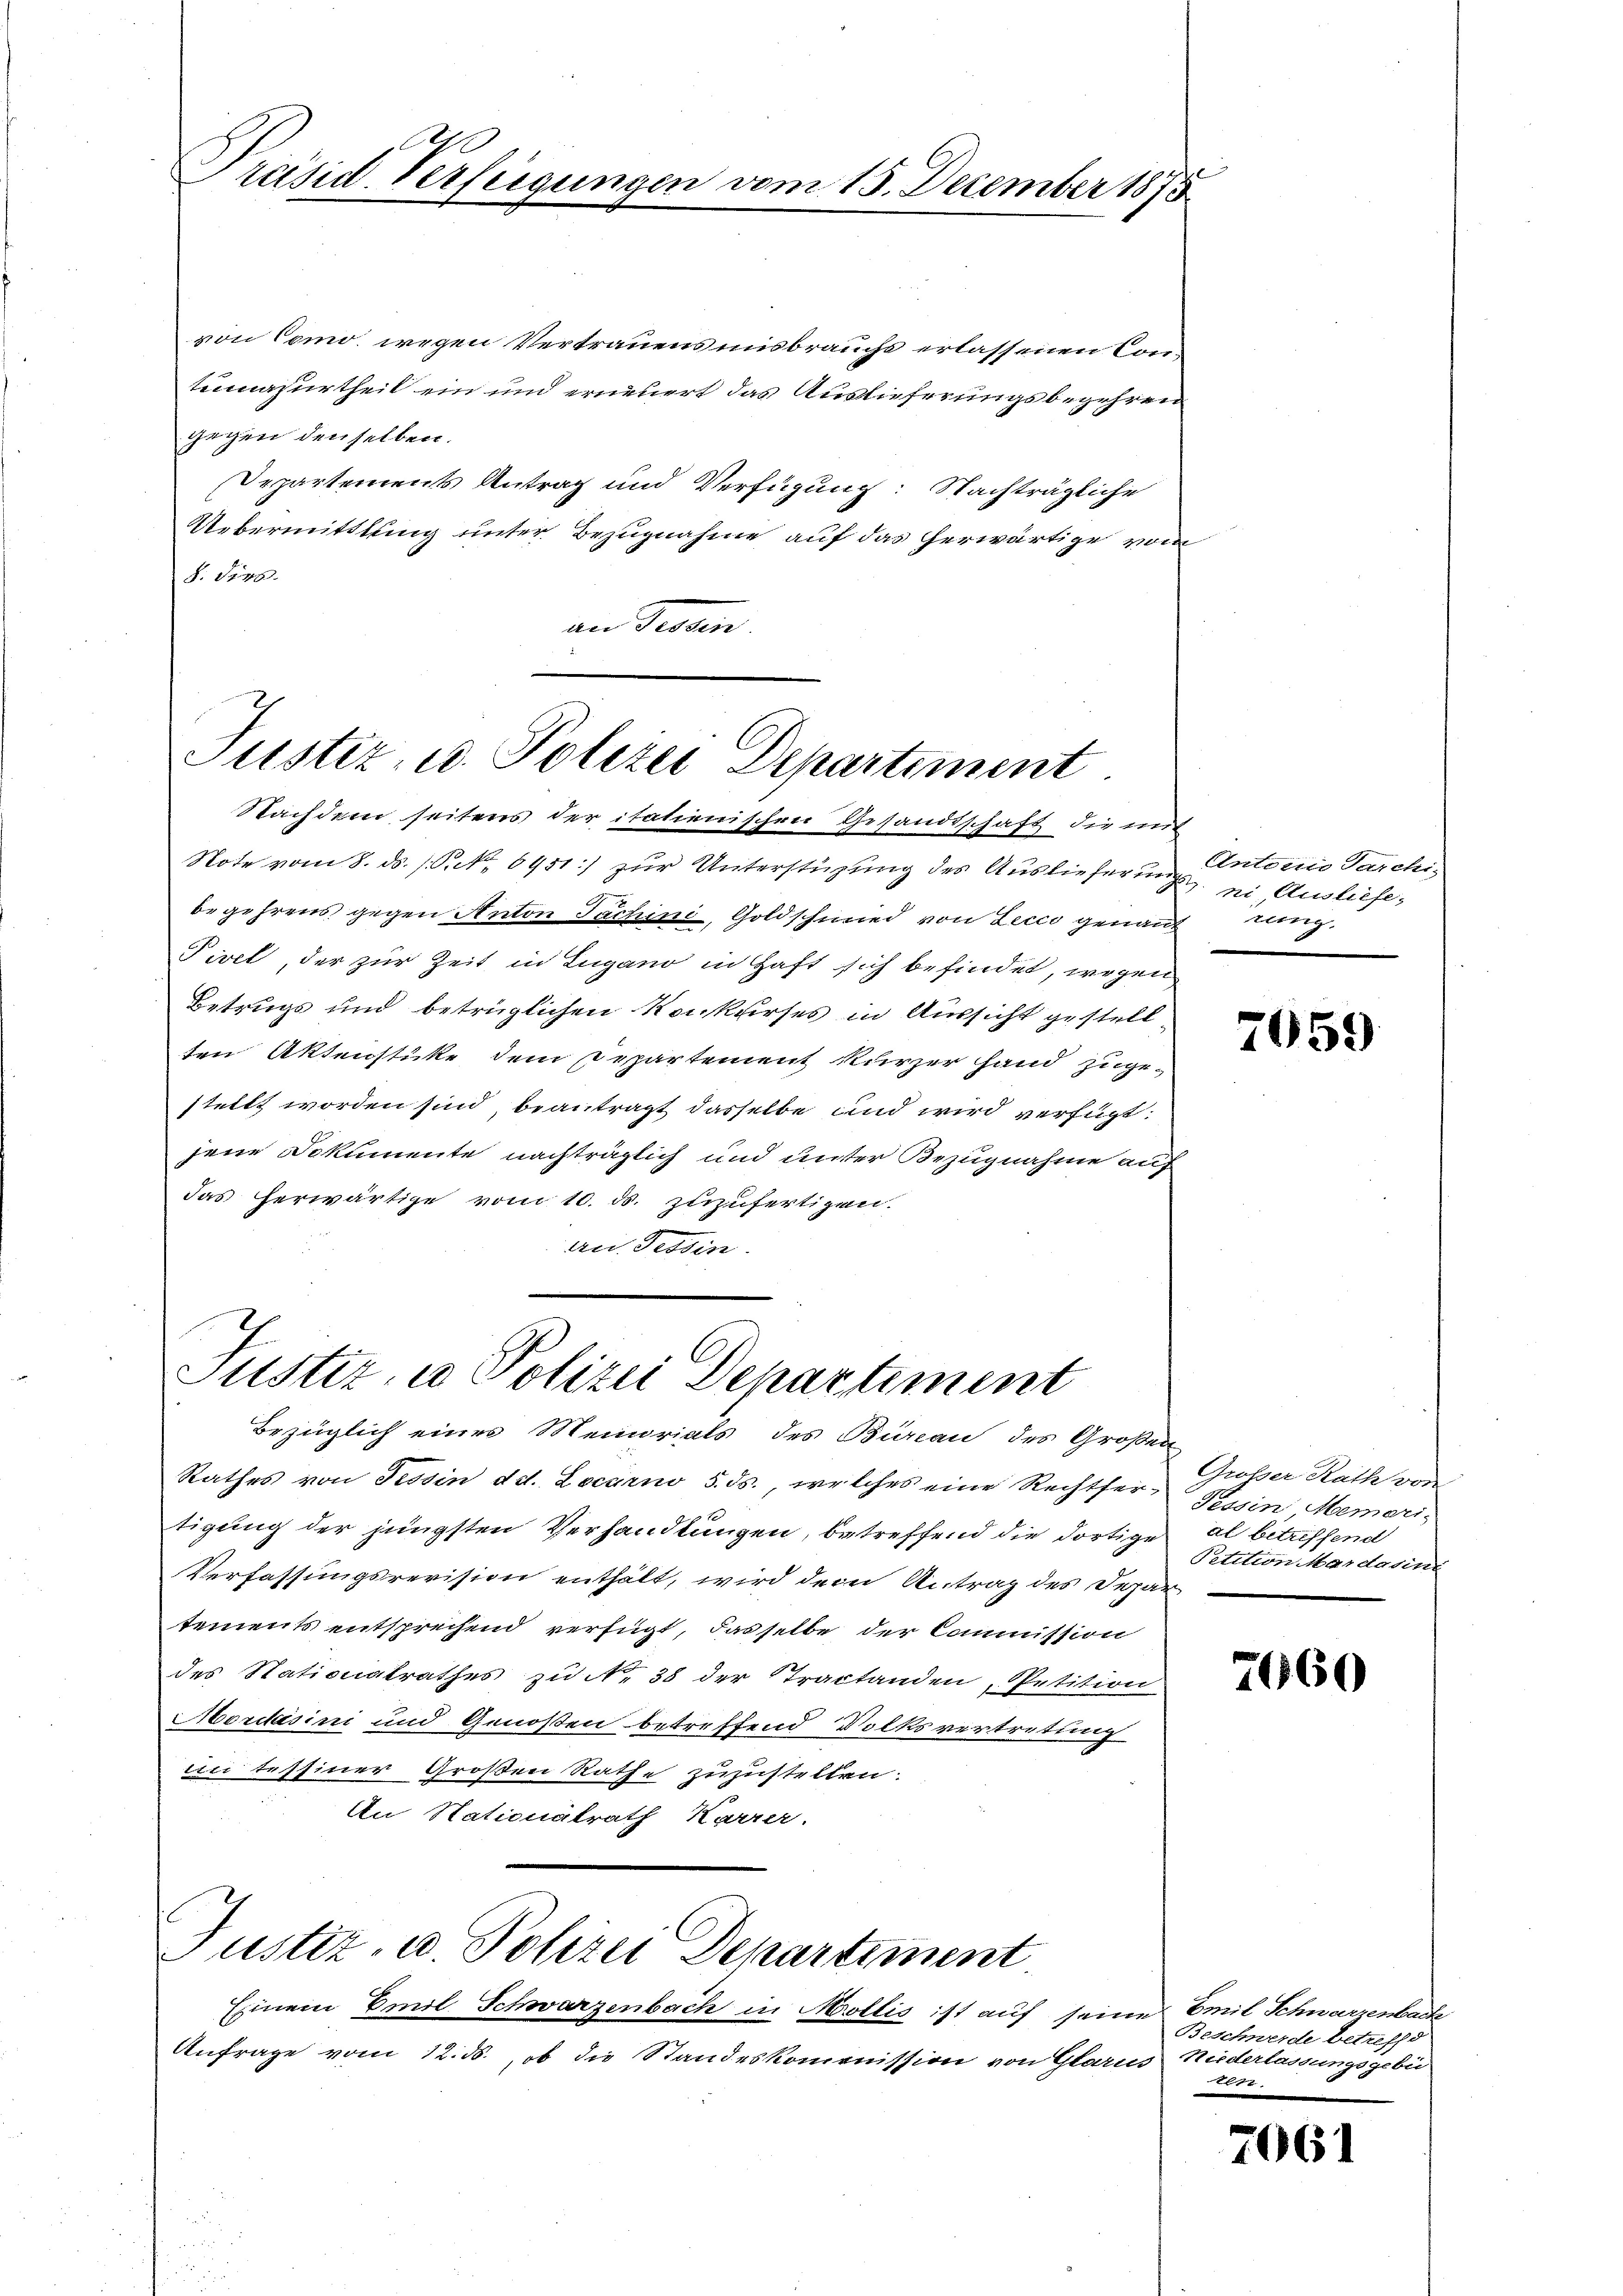
l
Präsid. Verfeigungen vom 15. December 1875

von Como, wegen Vertrauens misbrauche erlassenen Contumesurtheil ein und erneuert das Auslieferungsbegehren
gegen denselben.
Departements Antrag und Verfügung: Nachträgliche
Uebermittlung unter Bezugnahme auf das herwärtige vom
S. Orga
an Segen

Justiz- u. Polizei Departement
Nachdem seitens der italienischen Gesandtschaft die mit

Note vom 8. ds. s. S. 6451] zur Unterstützung des Auslieferung ein Ausliefebegehrens gegen Anton Tachini, Goldschmied von Lecce genant lang
Fivel, der zur Zeit in Lugano in Haft sich befindet, wegen
Betrugs und betrüglichen Konkurses in Aussicht gestellten Aktenstücke dem Departement kurzer fand zuge-
stellt worden sind, beantragt dasselbe und wird verfügt:
jene Dokumente nachträglich und unter Bezugnahme auf
das herwärtige vom 10. ds. zuzufertigen.
an Tessin.

Justiz, u. Polizei Departiment
Bezüglich eines Memoriats des Bureau des Großen

Justiz- u. Polizei Departiment

Rathes von Tessin d. d. Locarno 5. ds., welches eine Rechtfertigung der jüngsten Verhandlungen, betreffend die dortige al betreffend
Verfassungsrevision enthält, wird dem Antrag des Departements entsprechend verfügt, dasselbe der Commission
des Stationalrathes zu N. 38 der Tractanden Petition
Mordasini und Genoßen betreffend Volksvertretung
in tessiner Großen Rathe zuzustellen
An Nationalrath Karrer.

Einem Emil Schwarzenbach in Mollis ist auf seine Emil Schwarzenbache
Anfrage vom 12. ds., ob die Standeskommission von Glarus Niederlassungsgebi

Antonio Parchi-

7059

Großer Rath von
Tessin Memori-
Petition Mardauins

7660

Beschwerde betreffe
.

7061